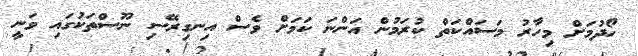
ހޯދުމަށް މިހާރު މަސައްކަތް ކުރަމުން އަންނަ ކަމަށް ވެސް އިނގިރޭސި ނޫސްތަކުގައި ވަނީ